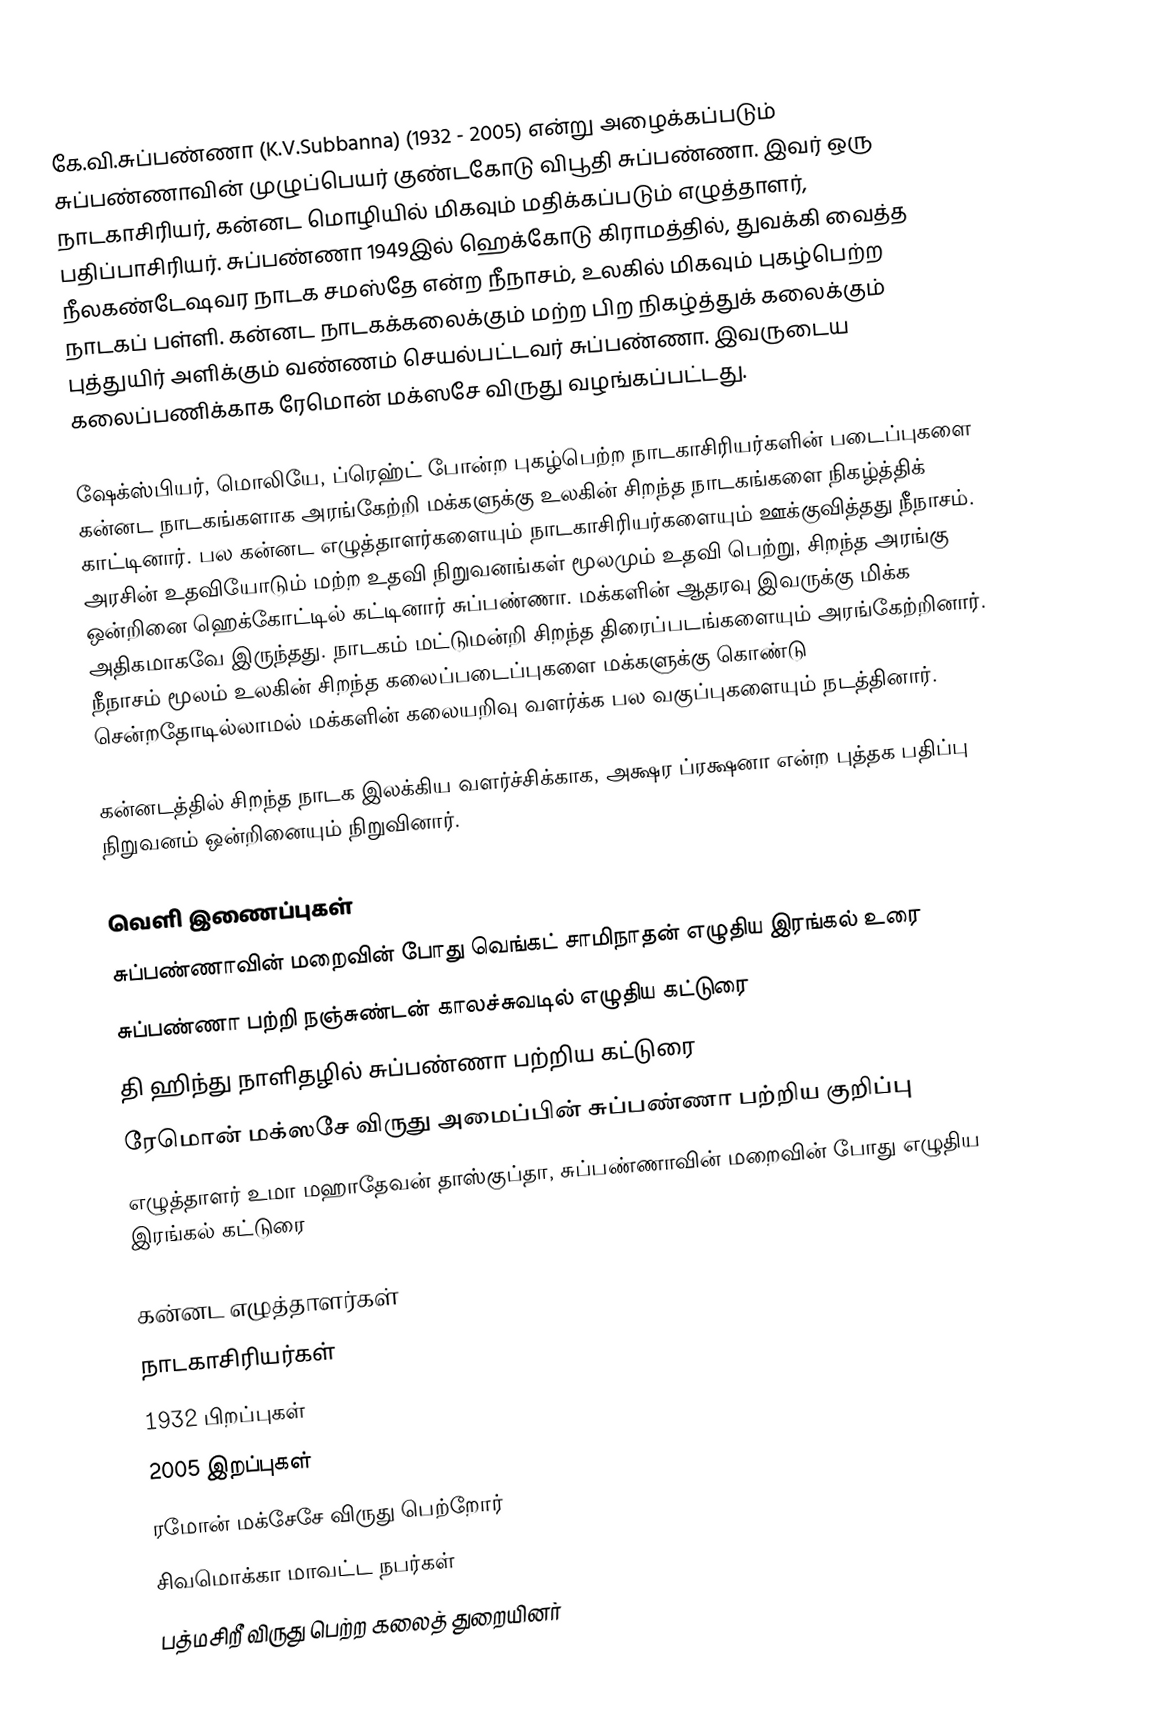
கே.வி.சுப்பண்ணா (K.V.Subbanna) (1932 - 2005) என்று அழைக்கப்படும் சுப்பண்ணாவின் முழுப்பெயர் குண்டகோடு விபூதி சுப்பண்ணா. இவர் ஒரு நாடகாசிரியர், கன்னட மொழியில் மிகவும் மதிக்கப்படும் எழுத்தாளர், பதிப்பாசிரியர். சுப்பண்ணா 1949இல் ஹெக்கோடு கிராமத்தில், துவக்கி வைத்த நீலகண்டேஷவர நாடக சமஸ்தே என்ற நீநாசம், உலகில் மிகவும் புகழ்பெற்ற நாடகப் பள்ளி. கன்னட நாடகக்கலைக்கும் மற்ற பிற நிகழ்த்துக் கலைக்கும் புத்துயிர் அளிக்கும் வண்ணம் செயல்பட்டவர் சுப்பண்ணா. இவருடைய கலைப்பணிக்காக ரேமொன் மக்ஸசே விருது வழங்கப்பட்டது.

ஷேக்ஸ்பியர், மொலியே, ப்ரெஹ்ட் போன்ற புகழ்பெற்ற நாடகாசிரியர்களின் படைப்புகளை கன்னட நாடகங்களாக அரங்கேற்றி மக்களுக்கு உலகின் சிறந்த நாடகங்களை நிகழ்த்திக் காட்டினார். பல கன்னட எழுத்தாளர்களையும் நாடகாசிரியர்களையும் ஊக்குவித்தது நீநாசம். அரசின் உதவியோடும் மற்ற உதவி நிறுவனங்கள் மூலமும் உதவி பெற்று, சிறந்த அரங்கு ஒன்றினை ஹெக்கோட்டில் கட்டினார் சுப்பண்ணா. மக்களின் ஆதரவு இவருக்கு மிக்க அதிகமாகவே இருந்தது. நாடகம் மட்டுமன்றி சிறந்த திரைப்படங்களையும் அரங்கேற்றினார். நீநாசம் மூலம் உலகின் சிறந்த கலைப்படைப்புகளை மக்களுக்கு கொண்டு சென்றதோடில்லாமல் மக்களின் கலையறிவு வளர்க்க பல வகுப்புகளையும் நடத்தினார்.

கன்னடத்தில் சிறந்த நாடக இலக்கிய வளர்ச்சிக்காக, அக்ஷர ப்ரக்ஷனா என்ற புத்தக பதிப்பு நிறுவனம் ஒன்றினையும் நிறுவினார்.

வெளி இணைப்புகள்
 சுப்பண்ணாவின் மறைவின் போது வெங்கட் சாமிநாதன் எழுதிய இரங்கல் உரை
 சுப்பண்ணா பற்றி நஞ்சுண்டன் காலச்சுவடில் எழுதிய கட்டுரை
 தி ஹிந்து நாளிதழில் சுப்பண்ணா பற்றிய கட்டுரை
 ரேமொன் மக்ஸசே விருது அமைப்பின் சுப்பண்ணா பற்றிய குறிப்பு
 எழுத்தாளர் உமா மஹாதேவன் தாஸ்குப்தா, சுப்பண்ணாவின் மறைவின் போது எழுதிய இரங்கல் கட்டுரை

கன்னட எழுத்தாளர்கள்
நாடகாசிரியர்கள்
1932 பிறப்புகள்
2005 இறப்புகள்
ரமோன் மக்சேசே விருது பெற்றோர்
சிவமொக்கா மாவட்ட நபர்கள்
பத்மசிறீ விருது பெற்ற கலைத் துறையினர்